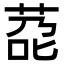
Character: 莻